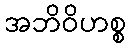
အဘိဝိဟစ္စ